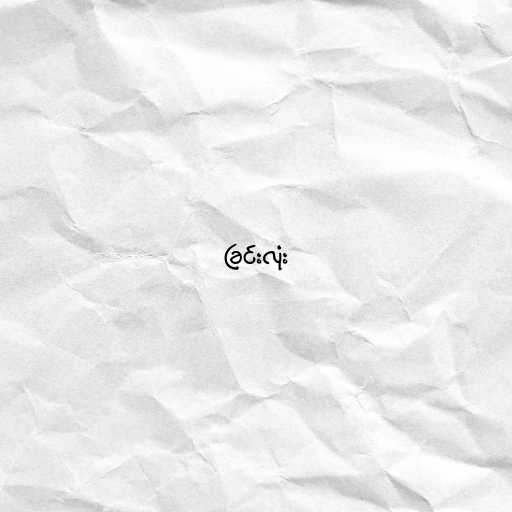
ခြင်းလုံး